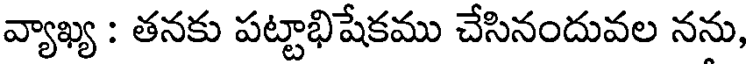
వ్యాఖ్య : తనకు పట్టాభిషేకము చేసినందువల నను,